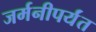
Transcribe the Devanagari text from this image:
जर्मनीपर्यंत